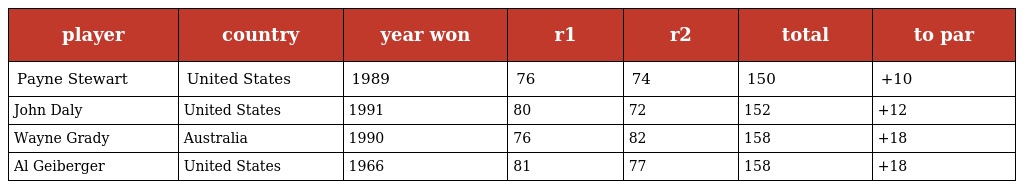
| player | country | year won | r1 | r2 | total | to par |
 | --- | --- | --- | --- | --- | --- | --- |
 | Payne Stewart | United States | 1989 | 76 | 74 | 150 | +10 |
 | John Daly | United States | 1991 | 80 | 72 | 152 | +12 |
 | Wayne Grady | Australia | 1990 | 76 | 82 | 158 | +18 |
 | Al Geiberger | United States | 1966 | 81 | 77 | 158 | +18 |